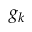
g _ { k }